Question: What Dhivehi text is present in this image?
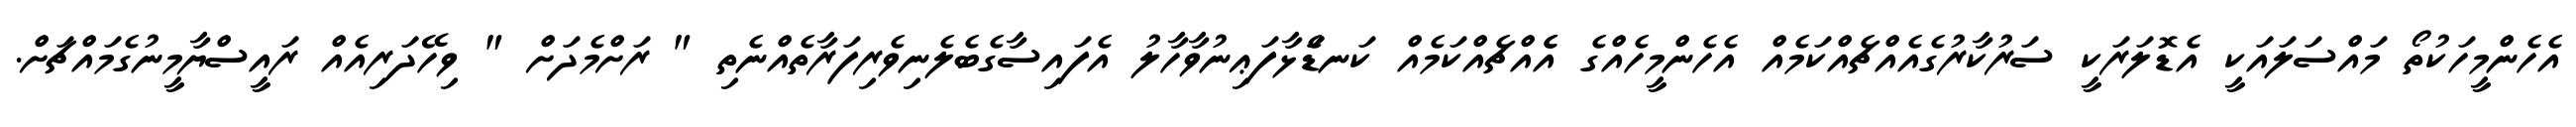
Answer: އެހެންމީހަކުތޯ މައްސަލައަކީ އެޑޮލަރަކީ ސަރުކާރުގެއެއްޗެއްކަމެއް އެހެންމީހެއްގެ އެެއްޗެއްކަމެއް ކަނޑަެަޅާފަޢިނުވާހާލު އެފައިސާގެބެލެނިވެރިފަރާތެއްނެތި " ރަށްމެދަށް " ވިހޭދަރިއެއް ރައީސްޔާމީނުގެމައްޗަށް.